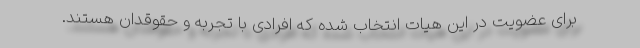
برای عضویت در این هیات انتخاب شده که افرادی با تجربه و حقوقدان هستند.